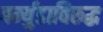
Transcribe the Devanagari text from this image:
बर्म्युडाविरुद्ध